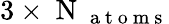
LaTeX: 3\times\mathrm{~N~}_{\mathrm{~a~t~o~m~s~}}